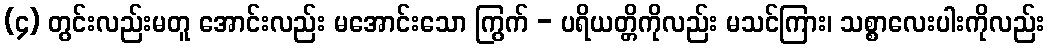
(၄) တွင်းလည်းမတူ အောင်းလည်း မအောင်းသော ကြွက် - ပရိယတ္တိကိုလည်း မသင်ကြား၊ သစ္စာလေးပါးကိုလည်း